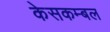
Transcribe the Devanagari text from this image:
केसकम्बल